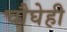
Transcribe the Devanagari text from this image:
चौघेही